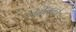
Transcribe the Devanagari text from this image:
संमेलनचे